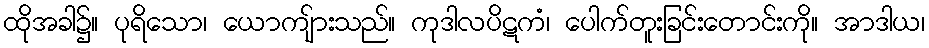
ထိုအခါ၌။ ပုရိသော၊ ယောကျ်ားသည်။ ကုဒါလပိဋကံ၊ ပေါက်တူးခြင်းတောင်းကို။ အာဒါယ၊